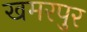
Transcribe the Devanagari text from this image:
खमरपुर